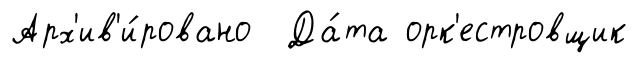
Арх'ив'и́ровано Да́та орк'естровщик